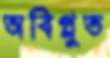
অবিপ্লুত